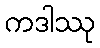
ကဒါဿု